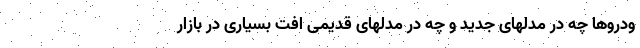
ودروها چه در مدلهای جدید و چه در مدلهای قدیمی افت بسیاری در بازار